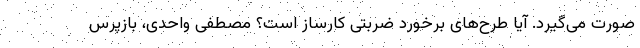
صورت می‌گیرد. آیا طرح‌های برخورد ضربتی کارساز است؟ مصطفی واحدی، بازپرس